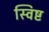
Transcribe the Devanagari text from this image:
स्विष्ट